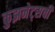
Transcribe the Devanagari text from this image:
कुझनेट्सची